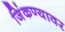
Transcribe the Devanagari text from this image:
जिंकण्यावर